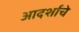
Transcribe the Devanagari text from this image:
आदर्शाचे